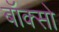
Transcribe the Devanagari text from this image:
बॉक्सो